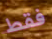
فقط